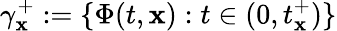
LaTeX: \gamma_{\mathbf{x}}^{+}:=\{ \Phi(t,\mathbf{x}):t\in(0,t_{\mathbf{x}}^{+})\}